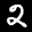
Label: 2